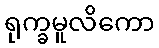
ရုက္ခမူလိကော